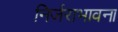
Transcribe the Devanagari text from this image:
निर्जराभावना